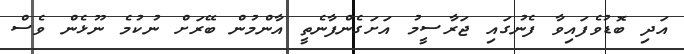
އަދި ބޮޑުވެފައިވާ ފެނުގައި ޖަރާސީމު އަށަގެންފާނެތީ އާންމުން ބޭރަށް ނުކުމެ ނޫޅެން ވެސް